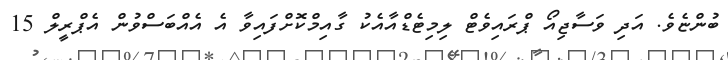
ބުންޏެވެ. އަދި ވަސާޖިއޯ ޕްރައިވެޓް ލިމިޓެޑްއާއެކު ގާއިމްކޮށްފައިވާ އެ އެއްބަސްވުން އެޕްރީލް 15